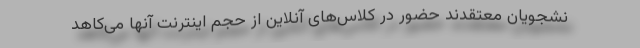
نشجویان معتقدند حضور در کلاس‌های آنلاین از حجم اینترنت آنها می‌کاهد